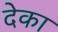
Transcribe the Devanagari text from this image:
देका